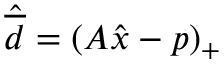
\hat { \overline { d } } = ( A \hat { x } - p ) _ { + }